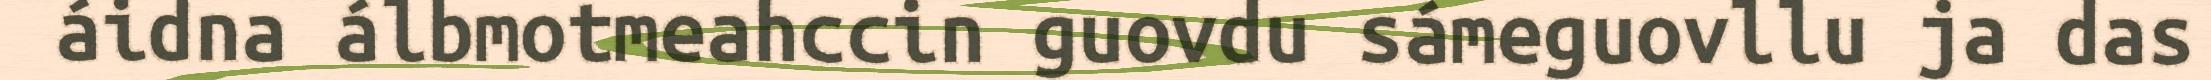
áidna álbmotmeahccin guovdu sámeguovllu ja das